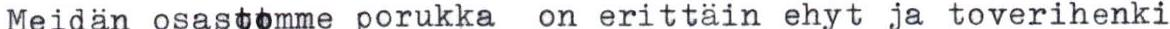
Meidän osastomme porukka on erittäin ehyt ja toverihenki